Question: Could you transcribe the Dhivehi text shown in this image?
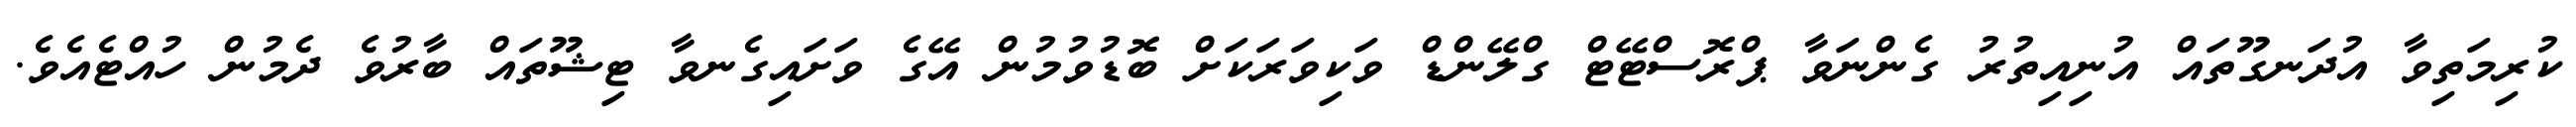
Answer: ކުރިމަތިވާ އުދަނގޫތައް އުނިއިތުރު ގެންނަވާ ޕްރޮސްޓޭޓް ގްލޭންޑް ވަކިވަރަކަށް ބޮޑުވުމުން އޭގެ ވަށައިގެނވާ ޓިޝޫތައް ބާރުވެ ދެމުން ހުއްޓެއެވެ.